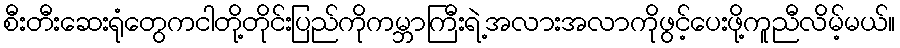
စီးတီးဆေးရုံတွေကငါတို့တိုင်းပြည်ကိုကမ္ဘာကြီးရဲ့အလားအလာကိုဖွင့်ပေးဖို့ကူညီလိမ့်မယ်။